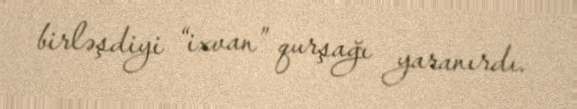
birləşdiyi “ixvan” qurşağı yaranırdı.